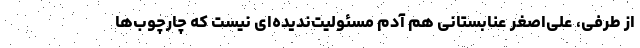
از طرفی، علی‌اصغر عنابستانی هم آدم مسئولیت‌ندیده‌ای نیست که چارچوب‌ها